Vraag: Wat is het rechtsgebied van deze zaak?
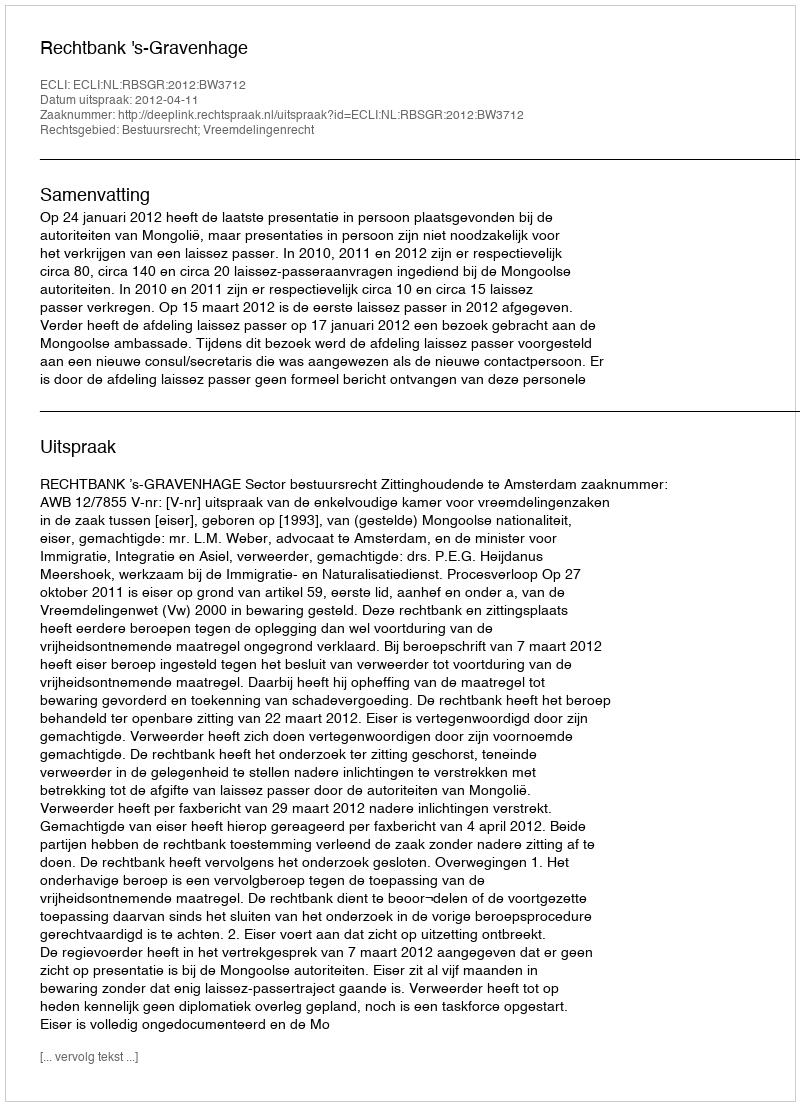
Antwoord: Bestuursrecht; Vreemdelingenrecht